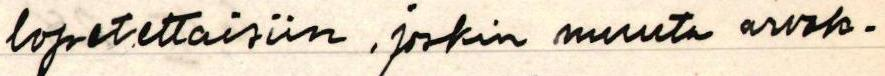
lopetettaisiin, joskin muuta arvok-